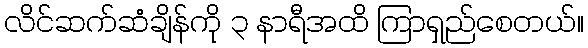
လိင်ဆက်ဆံချိန်ကို ၃ နာရီအထိ ကြာရှည်စေတယ်။